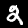
Label: 2